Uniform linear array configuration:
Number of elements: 48
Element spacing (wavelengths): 0.5
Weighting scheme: blackman
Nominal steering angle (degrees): -60
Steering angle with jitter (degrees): -59.328
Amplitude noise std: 0.05
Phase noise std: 0.05

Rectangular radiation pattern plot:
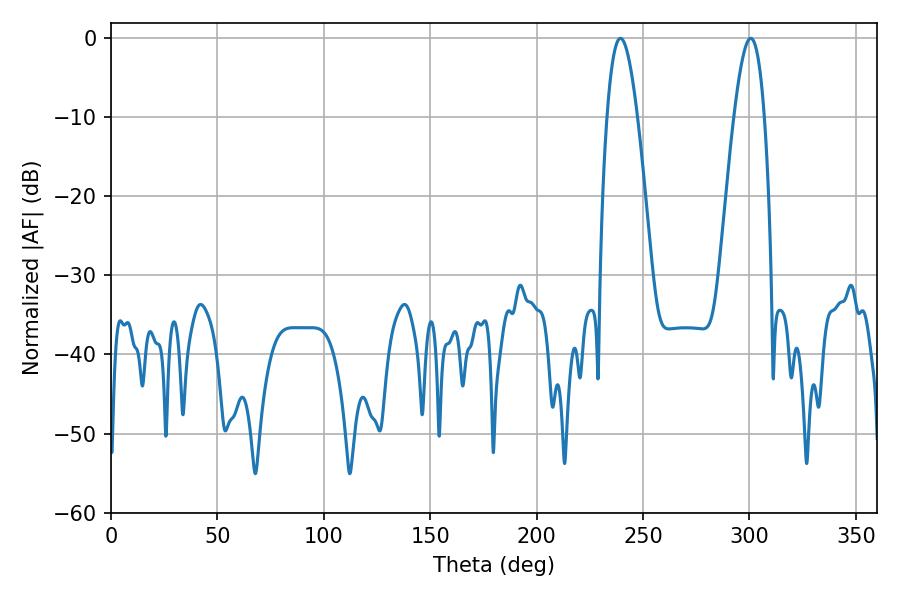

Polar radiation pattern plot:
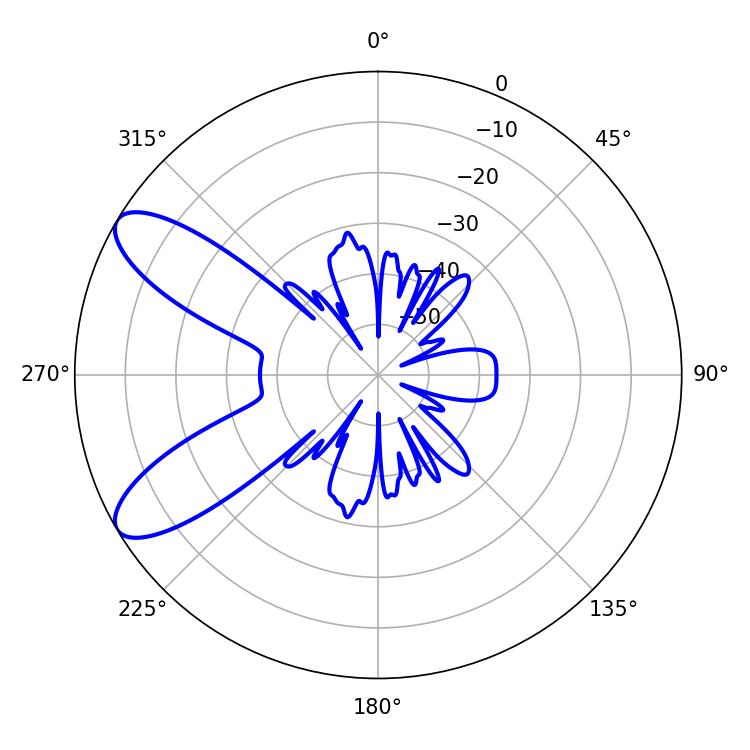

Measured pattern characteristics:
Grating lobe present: FALSE
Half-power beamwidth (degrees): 7.74
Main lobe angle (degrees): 300.6